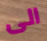
الى